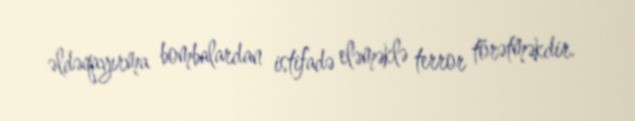
əldəqayırma bombalardan istifadə eləməklə terror törətməkdir.